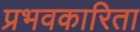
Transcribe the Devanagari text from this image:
प्रभवकारिता